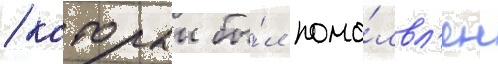
/ которыи бы́л помо́лвл'ен